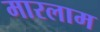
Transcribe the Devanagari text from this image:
मारलाम